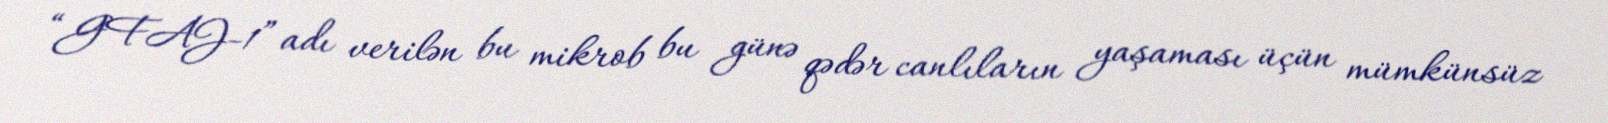
“GFAJ-1” adı verilən bu mikrob bu günə qədər canlıların yaşaması üçün mümkünsüz